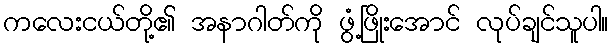
ကလေးငယ်တို့၏ အနာဂါတ်ကို ဖွံ့ဖြိုးအောင် လုပ်ချင်သူပါ။